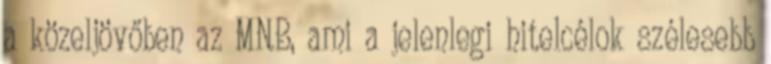
a közeljövőben az MNB, ami a jelenlegi hitelcélok szélesebb